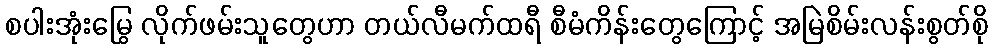
စပါးအုံးမြွေ လိုက်ဖမ်းသူတွေဟာ တယ်လီမက်ထရီ စီမံကိန်းတွေကြောင့် အမြဲစိမ်းလန်းစွတ်စို